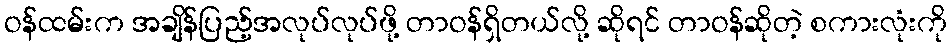
ဝန်ထမ်းက အချိန်ပြည့်အလုပ်လုပ်ဖို့ တာဝန်ရှိတယ်လို့ ဆိုရင် တာဝန်ဆိုတဲ့ စကားလုံးကို